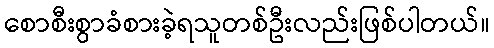
စောစီးစွာခံစားခဲ့ရသူတစ်ဦးလည်းဖြစ်ပါတယ်။